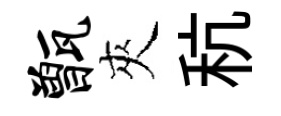
甑夾秔